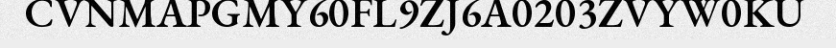
CVNMAPGMY60FL9ZJ6A0203ZVYW0KU